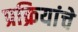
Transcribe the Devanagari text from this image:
प्रक्रियांचे